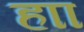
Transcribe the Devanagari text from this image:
हाा